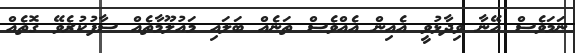
ނަމަވެސް އޭނާ ވިދާޅުވީ އެއިން އެއްވެސް ތަނެއް ބަލައި މައުލޫމާތެއް ސާފުކުރެވޭ ގޮތެއް